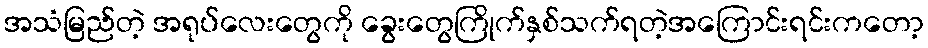
အသံမြည်တဲ့ အရုပ်လေးတွေကို ခွေးတွေကြိုက်နှစ်သက်ရတဲ့အကြောင်းရင်းကတော့